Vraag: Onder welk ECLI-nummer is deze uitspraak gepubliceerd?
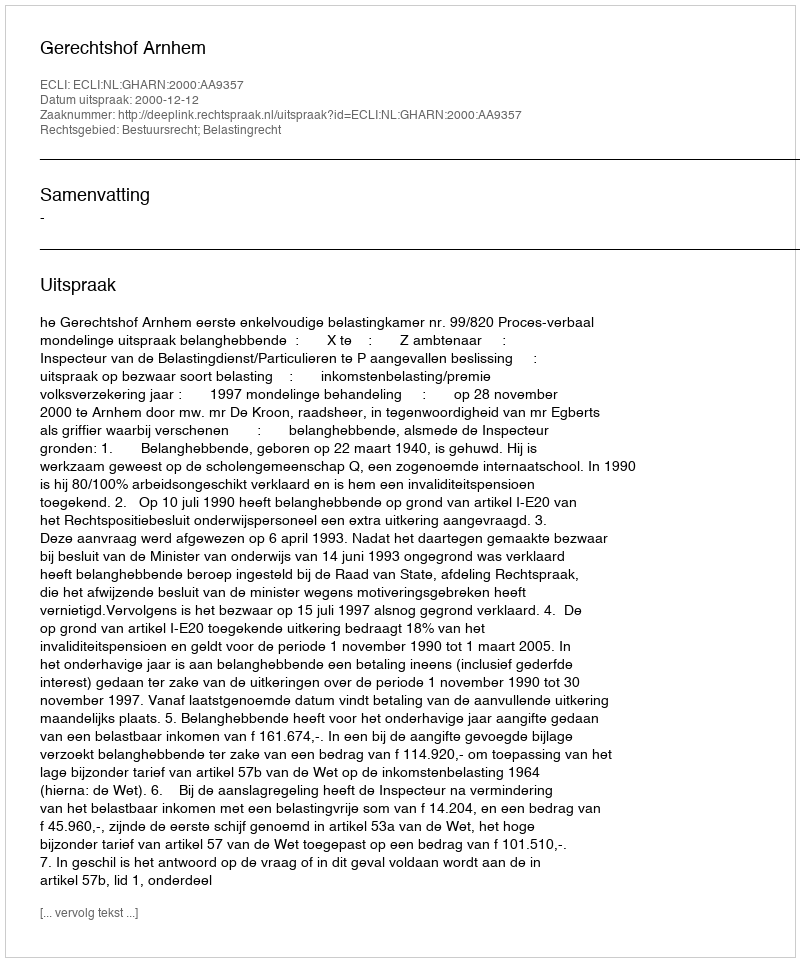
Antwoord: ECLI:NL:GHARN:2000:AA9357